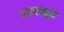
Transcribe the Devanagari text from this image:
गाण्यांमुळे